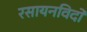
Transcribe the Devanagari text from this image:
रसायनविदों